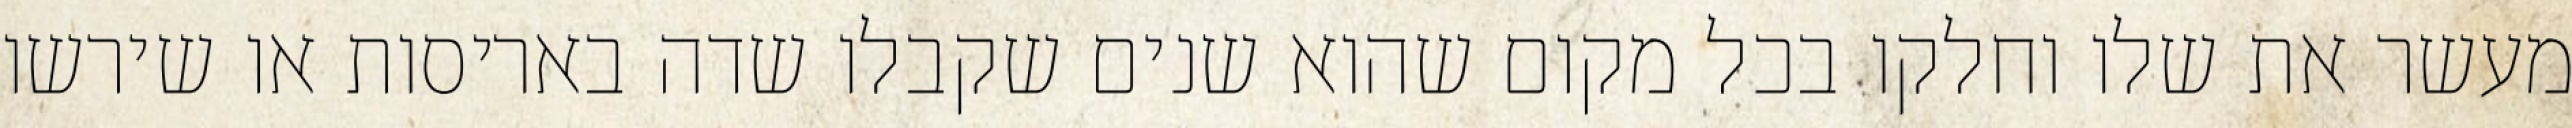
מעשר את שלו וחלקו בכל מקום שהוא שנים שקבלו שדה באריסות או שירשו